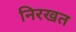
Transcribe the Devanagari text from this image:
निरखत